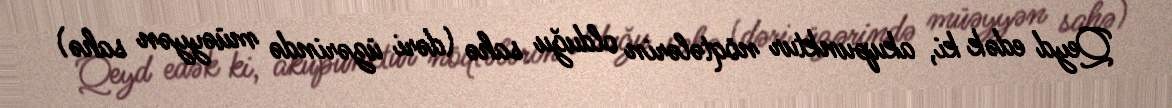
Qeyd edək ki, akupunktur nöqtələrin olduğu sahə (dəri üzərində müəyyən sahə)